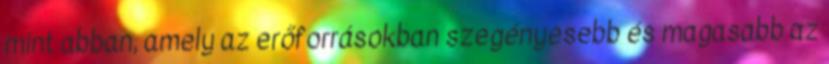
mint abban, amely az erőforrásokban szegényesebb és magasabb az